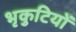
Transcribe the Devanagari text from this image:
भृकुटियों